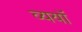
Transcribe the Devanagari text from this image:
व्ययॉ